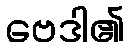
ဗေဒါ၏